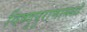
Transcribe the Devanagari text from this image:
विष्णुपुराणामध्ये